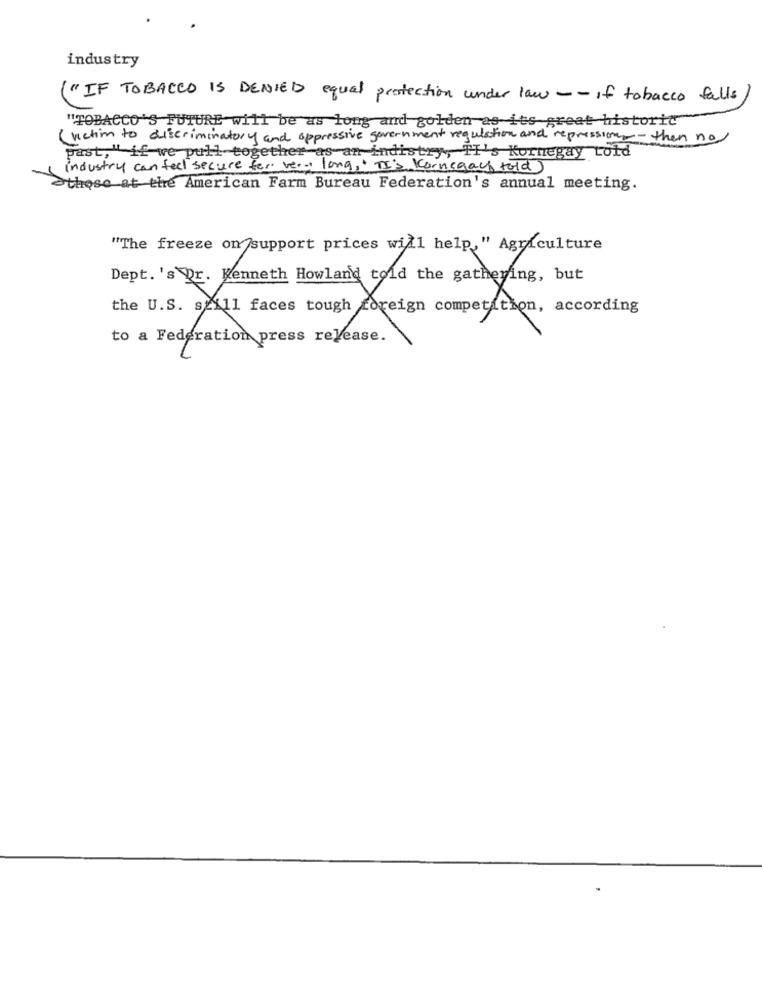
industry
"IF TOBACCO IS DENIED equal protection under law -- if tobacco falls
"TOBACCO'S FUTURE will be as long and golden as its great historic"
victim to discriminatory and oppressive government regulation and repression - then no
past, " if we pull together as an indistry, TH's Kormegay told
industry can feel secure for ver- long, " TI's Kornsgay told)
those at the American Farm Bureau Federation's annual meeting.
"The freeze on support prices will help, " Agriculture
Hemmet!
cough And the gathering, but
the U.S. szill faces tough foreign competition, according
to a Federation press release.